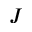
J